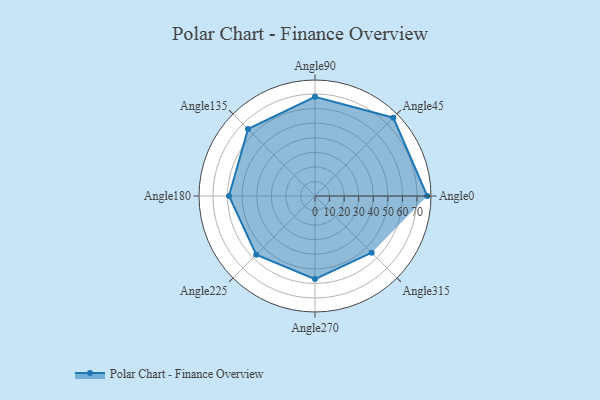
{"axis": {"x": "Angle", "y": "Radius"}, "legend": [""], "data": [{"x": "Angle0", "y": 77.0, "type": ""}, {"x": "Angle45", "y": 76.0, "type": ""}, {"x": "Angle90", "y": 68.0, "type": ""}, {"x": "Angle135", "y": 65.0, "type": ""}, {"x": "Angle180", "y": 59.0, "type": ""}, {"x": "Angle225", "y": 57.0, "type": ""}, {"x": "Angle270", "y": 57.0, "type": ""}, {"x": "Angle315", "y": 55.0, "type": ""}]}